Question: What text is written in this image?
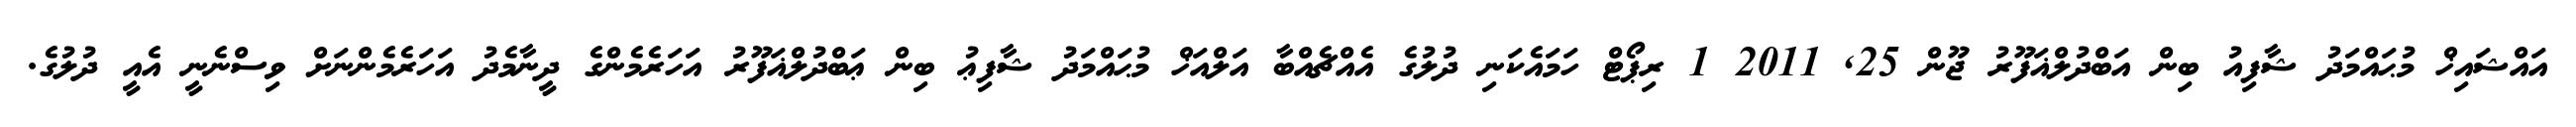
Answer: އައްޝައިޚް މުޙައްމަދު ޝާފިއު ބިން އަބްދުލްޣަފޫރު ޖޫން 25, 2011 1 ރިޕޯޓް ހަމައެކަނި ދުލުގެ އެއްޗެއްބާ އަލްއަޚް މުޙައްމަދު ޝާފިޢު ބިން ޢަބްދުލްޣަފޫރު އަހަރެމެންގެ ދީނާމެދު އަހަރެމެންނަށް ވިސްނެނީ އެއީ ދުލުގެ.